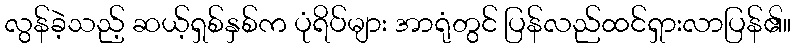
လွန်ခဲ့သည့် ဆယ့်ရှစ်နှစ်က ပုံရိပ်များ အာရုံတွင် ပြန်လည်ထင်ရှားလာပြန်၏။